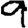
Digit: 9